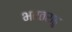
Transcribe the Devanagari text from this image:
भरतराहु